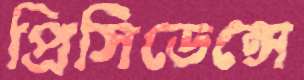
প্রিসিডেন্সে